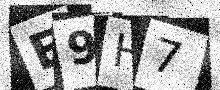
Text: E9H7